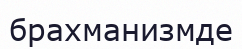
брахманизмде